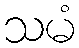
သမံ